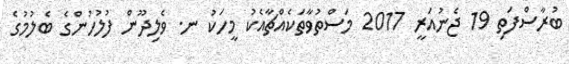
ބުރާސްފަތި 19 ޖެނުއަރީ 2017 މަސްތުވާތަކެއްޗާއެކު މީހަކު ނ. ވެލިދޫން ފުލުހުންގެ ބެލުމުގެ